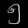
Digit: ၅